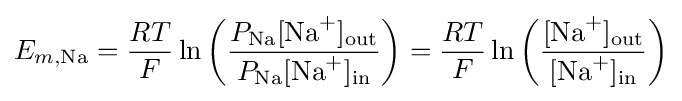
E_{m,{\text{Na}}}={\frac {RT}{F}}\ln {\left({\frac {P_{\text{Na}}[{\text{Na}}^{+}]_{\mathrm {out} }}{P_{\text{Na}}[{\text{Na}}^{+}]_{\mathrm {in} }}}\right)}={\frac {RT}{F}}\ln {\left({\frac {[{\text{Na}}^{+}]_{\mathrm {out} }}{[{\text{Na}}^{+}]_{\mathrm {in} }}}\right)}